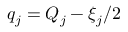
q _ { j } = Q _ { j } - \xi _ { j } / 2